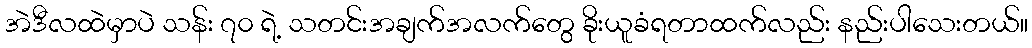
အဲဒီလထဲမှာပဲ သန်း ၇၀ ရဲ့ သတင်းအချက်အလက်တွေ ခိုးယူခံရတာထက်လည်း နည်းပါသေးတယ်။